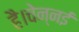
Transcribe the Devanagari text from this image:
है।चेन्नई